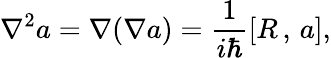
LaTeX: \nabla^{2}a=\nabla(\nabla a)=\frac 1{i\hbar}[R\, ,\, a],